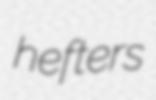
hefters